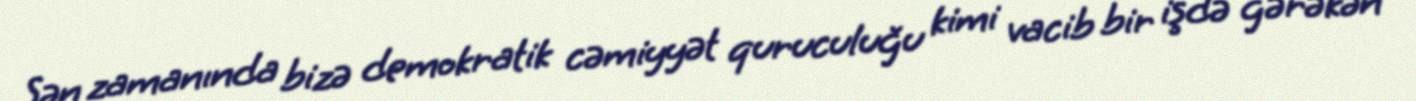
Sən zamanında bizə demokratik cəmiyyət quruculuğu kimi vacib bir işdə gərəkən